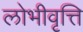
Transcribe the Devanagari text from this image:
लोभीवृत्ति